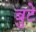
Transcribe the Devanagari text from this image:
बुटे